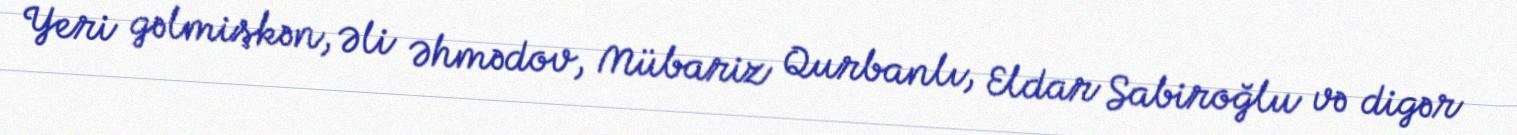
Yeri gəlmişkən, Əli Əhmədov, Mübariz Qurbanlı, Eldar Sabiroğlu və digər